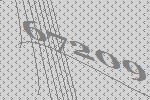
67209